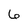
Character: 6